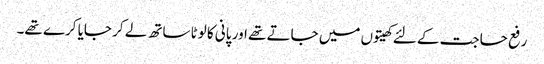
رفع حاجت کے لئے کھیتوں میں جاتے تھے اور پانی کا لوٹا ساتھ لے کر جایا کرے تھے۔